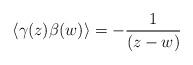
LaTeX: \begin{align*}\left\langle \gamma (z)\beta (w)\right\rangle =-\frac 1{(z-w)}\end{align*}